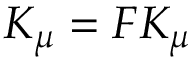
{ \cal K } _ { \mu } = { \cal F } K _ { \mu }